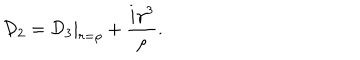
{ \cal D } _ { 2 } = { \cal D } _ { 3 } | _ { r = { \rho } } + \frac { i { \gamma } ^ { 3 } } { \rho } .